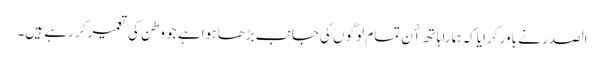
الصدر نے باور کرایا کہ ہمارا ہاتھ اٴْن تمام لوگوں کی جانب بڑھا ہوا ہے جو وطن کی تعمیر کر رہے ہیں۔